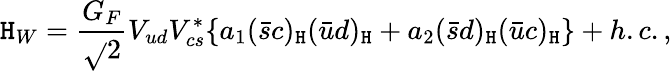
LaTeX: \mathtt{H}_{W}=\frac{{G_{F}}}{{\sqrt{}{2}}}V_{ud}V_{cs}^{*}\{ a_{1}(\bar{{s}}c)_{\mathtt{H}}(\bar{{u}}d)_{\mathtt{H}}+a_{2}(\bar{{s}}d)_{\mathtt{H}}(\bar{{u}}c)_{\mathtt{H}}\} +h.c.,